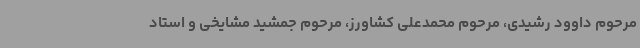
مرحوم داوود رشیدی، مرحوم محمدعلی کشاورز، مرحوم جمشید مشایخی و استاد